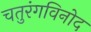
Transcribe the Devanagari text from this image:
चतुरंगविनोद